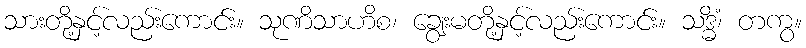
သားတို့နှင့်လည်းကောင်း။ သုဏိသာဟိစ၊ ချွေးမတို့နှင့်လည်းကောင်း။ သဒ္ဓိံ၊ တကွ။